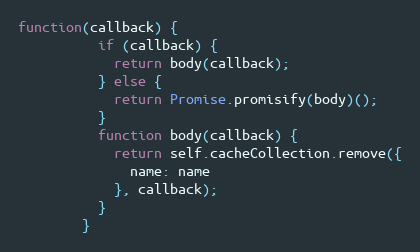
Language: JavaScript
function(callback) {
          if (callback) {
            return body(callback);
          } else {
            return Promise.promisify(body)();
          }
          function body(callback) {
            return self.cacheCollection.remove({
              name: name
            }, callback);
          }
        }